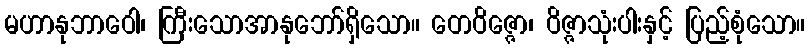
မဟာနုဘာဝေါ၊ ကြီးသောအာနုဘော်ရှိသော။ တေဝိဇ္ဇော၊ ဝိဇ္ဇာသုံးပါးနှင့် ပြည့်စုံသော။